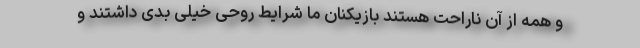
و همه از آن ناراحت هستند بازیکنان ما شرایط روحی خیلی بدی داشتند و